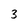
Character: 3